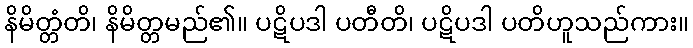
နိမိတ္တံတိ၊ နိမိတ္တမည်၏။ ပဋိပဒါ ပတီတိ၊ ပဋိပဒါ ပတိဟူသည်ကား။